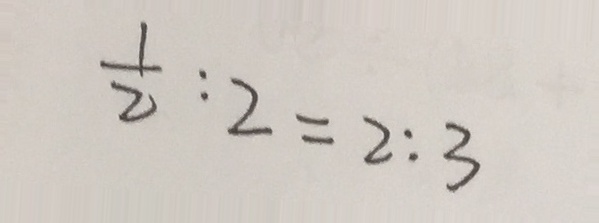
\frac { 1 } { 2 } : 2 = 2 : 3